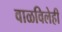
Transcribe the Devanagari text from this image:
वाळविलेही